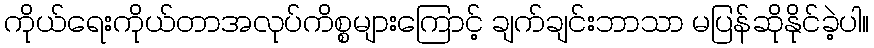
ကိုယ်ရေးကိုယ်တာအလုပ်ကိစ္စများကြောင့် ချက်ချင်းဘာသာ မပြန်ဆိုနိုင်ခဲ့ပါ။